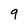
Character: 9